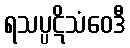
ရသပ္ပဋိသံဝေဒီ